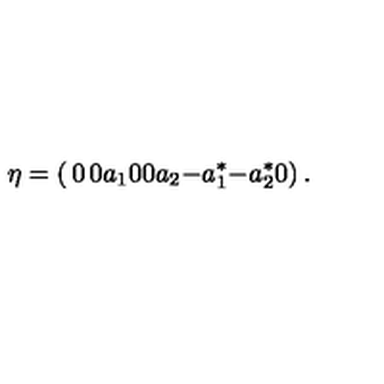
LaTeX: \eta = \left( \begin{matrix} { 0 } & { 0 } & { a _ { 1 } } \\ { 0 } & { 0 } & { a _ { 2 } } \\ { - a _ { 1 } ^ { * } } & { - a _ { 2 } ^ { * } } & { 0 } \\ \end{matrix} \right) .